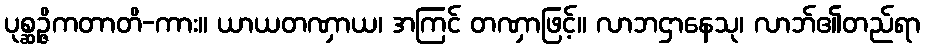
ပုစ္ဆဉ္ဇိကတာတိ-ကား။ ယာယတဏှာယ၊ အကြင် တဏှာဖြင့်။ လာဘဌာနေသု၊ လာဘ်၏တည်ရာ